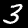
Label: 3